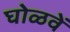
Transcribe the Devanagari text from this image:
घोळवें